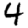
Digit: 4